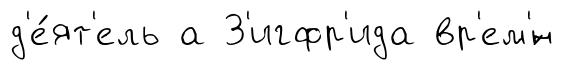
д'е́ят'ель а З'игфр'ида вр'ем'́н